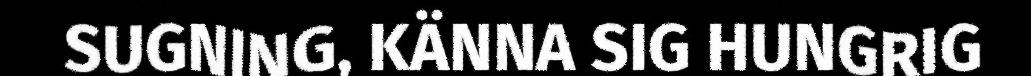
SUGNING, KÄNNA SIG HUNGRIG